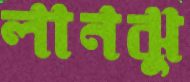
লানঝু